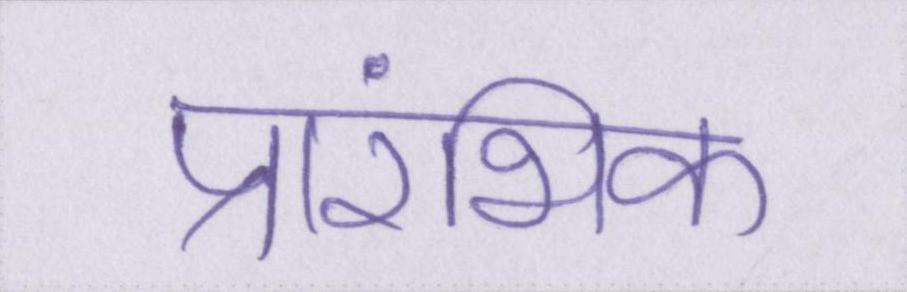
प्रारंभिक